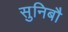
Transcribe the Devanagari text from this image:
सुनिबौ